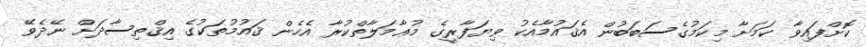
ކޮށްފައިވާ ކަމަށާ މިކަމުގެސަބަބުން އެޤައުމާއެކު ވިޔަފާރީގެ މުޢާމަލާތްކުރާ އެހެން ޤައުމުތަކުގެ އިޤްތިސާދަށް ނޭދެވޭ